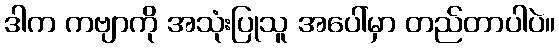
ဒါက ကဗျာကို အသုံးပြုသူ အပေါ်မှာ တည်တာပါပဲ။